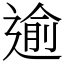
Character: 逾